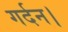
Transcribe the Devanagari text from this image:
गर्दन।